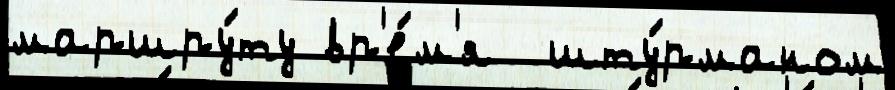
маршру́ту вр'е́м'я  шту́рманом